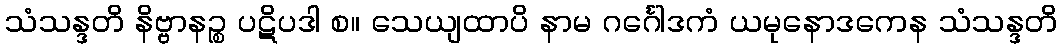
သံသန္ဒတိ နိဗ္ဗာနဉ္စ ပဋိပဒါ စ။ သေယျထာပိ နာမ ဂင်္ဂေါဒကံ ယမုနောဒကေန သံသန္ဒတိ